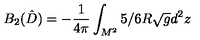
B _ { 2 } ( \hat { D } ) = - { \frac { 1 } { 4 \pi } } \int _ { M ^ { 2 } } ^ { } 5 / 6 R \sqrt { g } d ^ { 2 } z